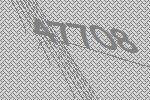
47708